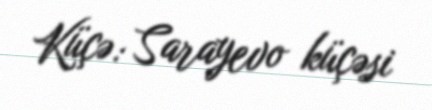
Küçə: Sarayevo küçəsi